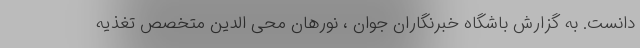
دانست. به گزارش باشگاه خبرنگاران جوان ، نورهان محی الدین متخصص تغذیه